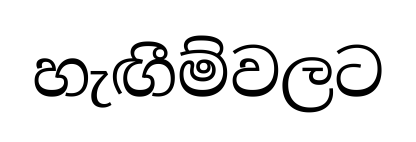
හැඟීම්වලට